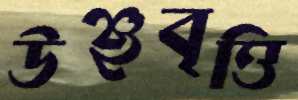
উঞ্ছবৃত্তি